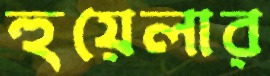
হুয়েলার